Lunatic asylums Punjab 1881-1894 - 1881-1894
Year: 1881
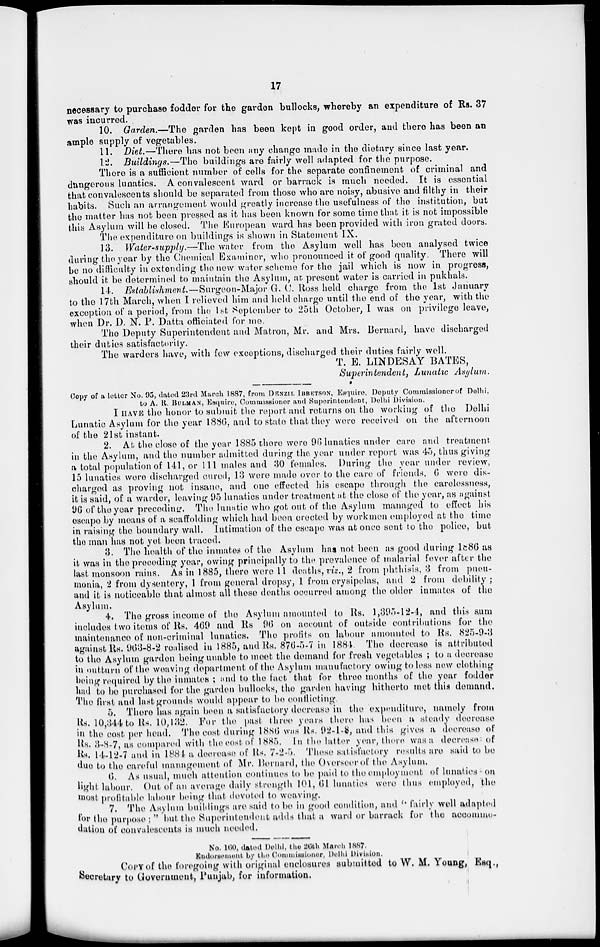
17
necessary to purchase fodder for the garden bullocks , whereby an expenditure of Rs. 37
was incurred.
10. Garden.—The garden has been kept in good order, and there has been an
ample supply of vegetables.
11. Diet.—There has not been any change made in the dietary since last year.
12. Buildings.—The buildings are fairly well adapted for the purpose.
There is a sufficient number of cells for the separate confinement of criminal and
dangerous lunatics. A convalescent ward or barrack is much needed. It is essential
that convalescents should be separated from those who are noisy, abusive and filthy in their
habits. Such an arrangement would greatly increase the usefulness of the institution, but
the matter has not been pressed as it has been known for some time that it is not impossible
this Asylum will be closed. The European ward has been provided with iron grated doors.
The expenditure on buildings is shown in Statement IX.
13. Water-supply.—The water from the Asylum well has been analysed twice
during the year by the Chemical Examiner, who pronounced it of good quality. There will
be no difficulty in extending the new water scheme for the jail which is now in progress,
should it be determined to maintain the Asylum, at present water is carried in pukhals.
14. Establishment.—Surgeon-Major G. C. Ross held charge from the 1st January
to the 17th March, when I relieved him and held charge until the end of the year, with the
exception of a period, from the 1st September to 25th October, I was on privilege leave,
when Dr. D. N. P. Datta officiated for me.
The Deputy Superintendent and Matron, Mr. and Mrs. Bernard, have discharged
their duties satisfactorily.
The warders have, with few exceptions, discharged their duties fairly well.
T. E. LINDESAY BATES,
Superintendent, Lunatic Asylum.
Copy of a letter No. 95, dated 23rd March 1887, from DENZIL IBBETSON, Esquire, Deputy Commissioner of Delhi,
to A. R. BULMAN, Esquire, Commissioner and Superintendent, Delhi Division.
I HAVE the honor to submit the report and returns on the working of the Delhi
Lunatic Asylum for the year 1886, and to state that they were received on the afternoon
of the 21st instant.
2. At the close of the year 1885 there were 96 lunatics under care and treatment
in the Asylum, and the number admitted during the year under report was 45, thus giving
a total population of 141, or 111 males and 30 females. During the year under review,
15 lunatics were discharged cured, 13 were made over to the care of friends, 6 were dis-
charged as proving not insane, and one effected his escape through the carelessness,
it is said, of a warder, leaving 95 lunatics under treatment at the close of the year, as against
96 of the year preceding. The lunatic who got out of the Asylum managed to effect his
escape by means of a scaffolding which had been erected by workmen employed at the time
in raising the boundary wall. Intimation of the escape was at once sent to the police, but
the man has not yet been traced.
3. The health of the inmates of the Asylum has not been as good during 1886 as
it was in the preceding year, owing principally to the prevalence of malarial fever after the
last monsoon rains. As in 1885, there were 11 deaths, viz., 2 from phthisis, 3 from pneu-
monia, 2 from dysentery, 1 from general dropsy, 1 from crysipelas, and 2 from debility ;
and it is noticeable that almost all these deaths occurred among the older inmates of the
Asylum.
4. The gross income of the Asylum amounted to Rs. 1,395-12-4, and this sum
includes two items of Rs. 469 and Rs 96 on account of outside contributions for the
maintenance of non-criminal lunatics. The profits on labour amounted to Rs. 825-9-3
against Rs. 963-8-2 realised in 1885, and Rs. 876-5-7 in 1884. The decrease is attributed
to the Asylum garden being unable to meet the demand for fresh vegetables ; to a decrease
in outturn of the weaving department of the Asylum manufactory owing to less new clothing
being required by the inmates ; and to the fact that for three months of the year fodder
had to be purchased for the garden bullocks, the garden having hitherto met this demand.
The first and last grounds would appear to be conflicting.
5. There has again been a satisfactory decrease in the expenditure, namely from
Rs. 10,344 to Rs. 10,132. For the past three years there has been a steady decrease
in the cost per head. The cost during 1886 was Rs. 92-1-8, and this gives a decrease of
Rs. 3-8-7, as compared with the cost of 1885. In the latter year, there was a decrease of
Rs. 14-12-7 and in 1884 a decrease of Rs. 7-2-5. These satisfactory results are said to be
due to the careful management of Mr. Bernard, the Overseer of the Asylum.
6. As usual, much attention continues to be paid to the employment of lunatics on
light labour. Out of an average daily strength 101, 61 lunatics were thus employed, the
most profitable labour being that devoted to weaving.
7. The Asylum buildings are said to be in good condition, and " fairly well adapted
for the purpose; " but the Superintendent adds that a ward or barrack for the accommo-
dation of convalescents is much needed.
No. 160, dated Delhi, the 26th March 1887.
Endorsement by the Commissioner, Delhi Division.
COPY of the foregoing with original enclosures submitted to W. M. Young , Esq.,
Secretary to Government , Punjab, for information.